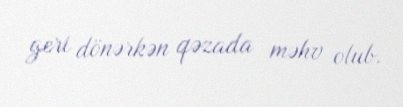
geri dönərkən qəzada məhv olub.